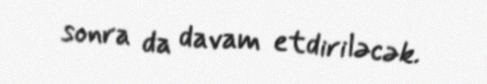
sonra da davam etdiriləcək.